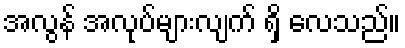
အလွန် အလုပ်များလျက် ရှိ လေသည်။